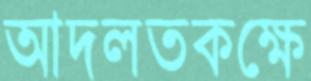
আদলতকক্ষে